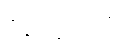
ဝိရာဓေသိ